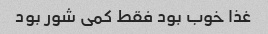
غذا خوب بود فقط کمی شور بود